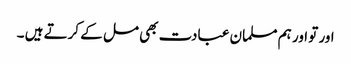
اور تو اور ہم مسلمان عبادت بھی مل کے کرتے ہیں ۔